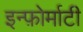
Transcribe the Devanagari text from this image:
इन्फ़ोर्माटी